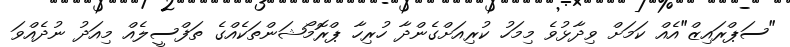
"ސަޕްރައިޒް"އެއް ކަމަށް ވިދާޅުވެ މިމަހު ކުރިއަށްގެންދާ ހުރިހާ ޕްރޮމޯޝަންތަކެއްގެ ތަފްސީލެއް މިއަދު ނުދެއްވަ